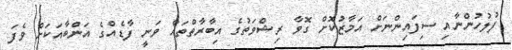
ފުލުހުންނާއި ސިފައިންނަށް އަމާޒުކޮށް ގޮވާ ރިޝްވަތުގެ އިބާރާތްތައް ވަނީ ފާޑެއްގެ އަންބާއަކަށް ވެފަ